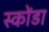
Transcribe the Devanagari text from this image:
स्कोंडा